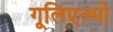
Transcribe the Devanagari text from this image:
गूलिएल्मो